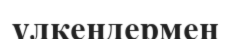
үлкендермен